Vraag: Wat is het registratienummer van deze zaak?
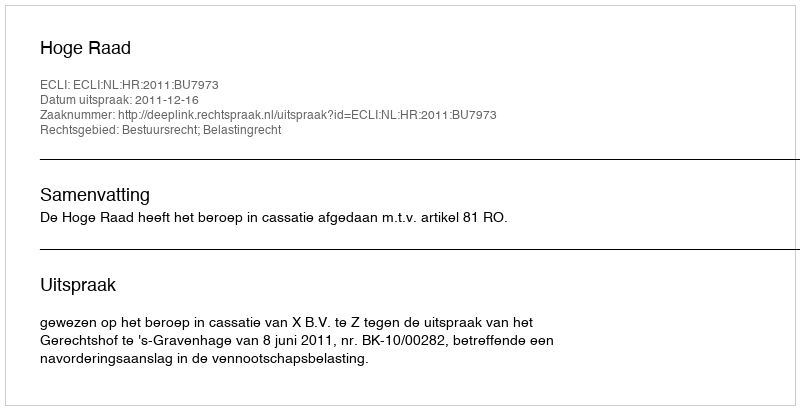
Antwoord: http://deeplink.rechtspraak.nl/uitspraak?id=ECLI:NL:HR:2011:BU7973